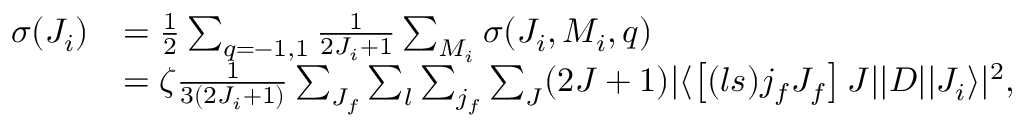
\begin{array} { r l } { \sigma ( J _ { i } ) } & { = \frac { 1 } { 2 } \sum _ { q = - 1 , 1 } \frac { 1 } { 2 J _ { i } + 1 } \sum _ { M _ { i } } \sigma ( J _ { i } , M _ { i } , q ) } \\ & { = \zeta \frac { 1 } { 3 ( 2 J _ { i } + 1 ) } \sum _ { J _ { f } } \sum _ { l } \sum _ { j _ { f } } \sum _ { J } ( 2 J + 1 ) | \langle \left[ ( l s ) j _ { f } J _ { f } \right] J | | D | | J _ { i } \rangle | ^ { 2 } , } \end{array}